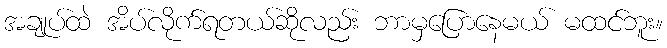
အချုပ်ထဲ အိပ်လိုက်ရတယ်ဆိုလည်း ဘာမှပြောနေမယ် မထင်ဘူး။